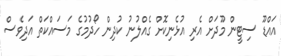
އައްޑޫ ސިޓީން މޫދަށް އެރި އުޅެނިކޮށް ގެއްލުނު ކުދިން ހޯދުމުގެ މަސައްކަތް އަދިވެސް